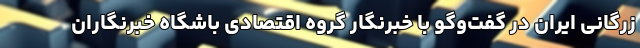
زرگانی ایران در گفت‌و‌گو با خبرنگار گروه اقتصادی باشگاه خبرنگاران